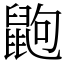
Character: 鼩